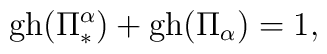
\hbox{gh}(\Pi_*^{\alpha})+\hbox{gh}(\Pi_{\alpha})=1,